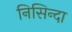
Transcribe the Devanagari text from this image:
निसिन्दा